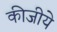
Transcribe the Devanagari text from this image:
कीजीये